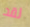
لقد